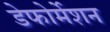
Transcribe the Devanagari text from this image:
डेफोर्मेशन